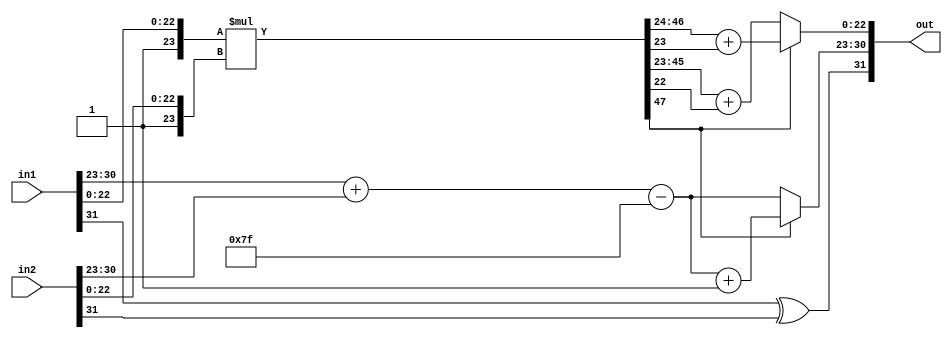
module flopMUL (out,in1,in2);
	input [31:0] in1,in2;
	output reg [31:0] out;
	reg [7:0] prod_exp; 
	reg [22:0] prod_man;
	reg prod_sign;
	reg [47:0] temp;
	always @ (*)
	begin
		prod_exp = in1[30:23]+in2[30:23]-127;
		prod_sign = in1[31] ^ in2[31];
		temp = {1'b1,in1[22:0]} * {1'b1,in2[22:0]};
		if (temp[47]) begin
			prod_man = temp[46:24] + temp[23];
			prod_exp = prod_exp + 8'b1;
		end
		else
			prod_man = temp[45:23] + temp[22];
		out = {prod_sign,prod_exp,prod_man};
	end
endmodule